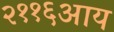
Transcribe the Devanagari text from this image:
२११६आय